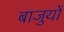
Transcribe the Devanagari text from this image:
बाजुयों